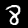
Label: 8